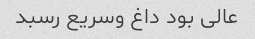
عالی بود داغ وسریع رسبد